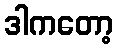
ဒါကတော့